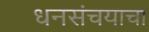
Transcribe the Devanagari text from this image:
धनसंचयाचा